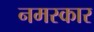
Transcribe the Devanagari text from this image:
नमस्कार